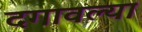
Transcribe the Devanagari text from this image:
दगावल्या